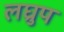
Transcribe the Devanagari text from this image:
लघ्रुप